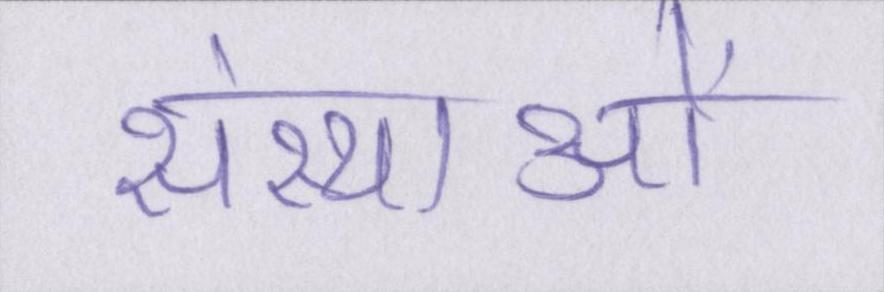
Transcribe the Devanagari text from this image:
संस्थाओं